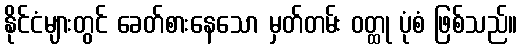
နိုင်ငံများတွင် ခေတ်စားနေသော မှတ်တမ်း ဝတ္ထု ပုံစံ ဖြစ်သည်။